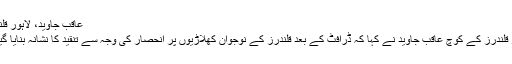
عاقب جاوید، لاہور قلندرز:
لاہور قلندرز کے کوچ عاقب جاوید نے کہا کہ ڈرافٹ کے بعد قلندرز کے نوجوان کھلاڑیوں پر انحصار کی وجہ سے تنقید کا نشانہ بنایا گیا تھا۔